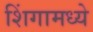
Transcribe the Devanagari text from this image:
शिंगामध्ये